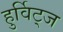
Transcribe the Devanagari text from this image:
हुर्विट्ज